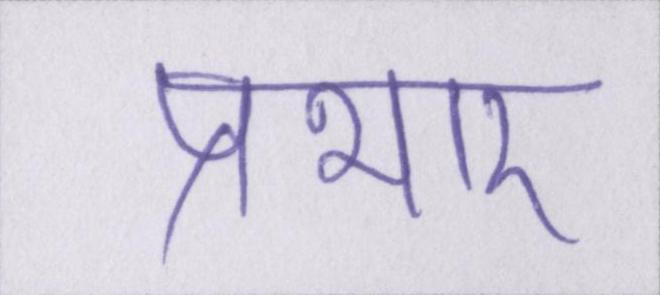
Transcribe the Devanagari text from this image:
प्रभार